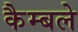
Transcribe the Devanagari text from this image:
कैम्बले